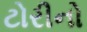
ટોરીનો